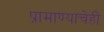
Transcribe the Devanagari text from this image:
प्रामाण्याचेही